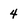
Character: 4